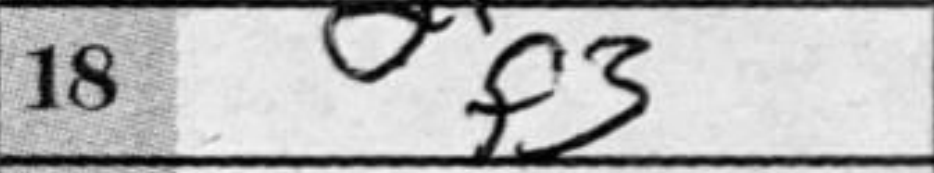
Transcription: f3